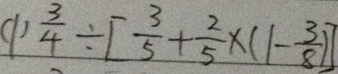
( 1 ) \frac { 3 } { 4 } \div [ \frac { 3 } { 5 } + \frac { 2 } { 5 } \times ( 1 - \frac { 3 } { 8 } ) ]